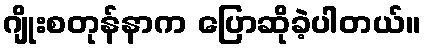
ဂျိုးစတုန်နာက ပြောဆိုခဲ့ပါတယ်။